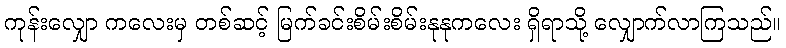
ကုန်းလျှော ကလေးမှ တစ်ဆင့် မြက်ခင်းစိမ်းစိမ်းနုနုကလေး ရှိရာသို့ လျှောက်လာကြသည်။